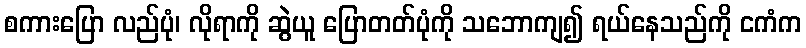
စကားပြော လည်ပုံ၊ လိုရာကို ဆွဲယူ ပြောတတ်ပုံကို သဘောကျ၍ ရယ်နေသည်ကို ငကံက